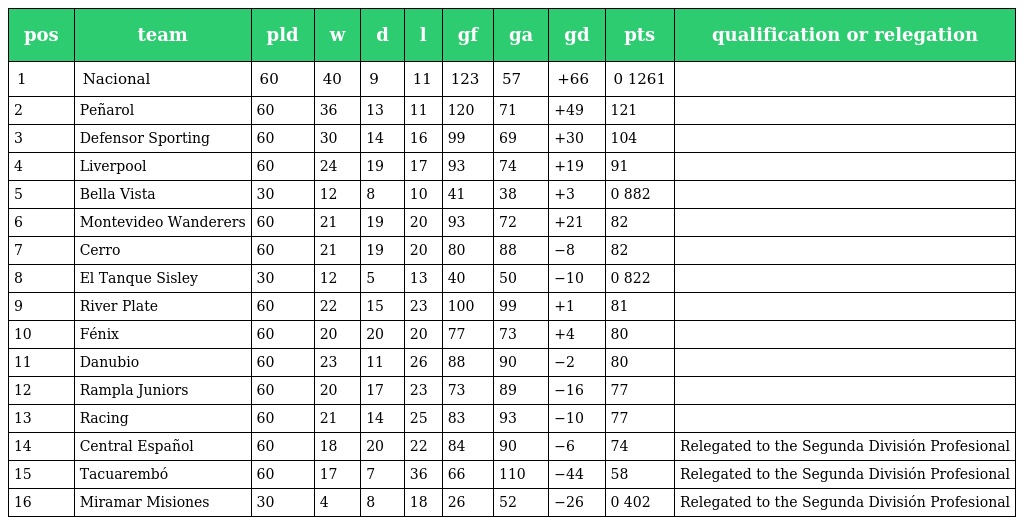
| pos | team | pld | w | d | l | gf | ga | gd | pts | qualification or relegation |
 | --- | --- | --- | --- | --- | --- | --- | --- | --- | --- | --- |
 | 1 | Nacional | 60 | 40 | 9 | 11 | 123 | 57 | +66 | 0 1261 |  |
 | 2 | Peñarol | 60 | 36 | 13 | 11 | 120 | 71 | +49 | 121 |  |
 | 3 | Defensor Sporting | 60 | 30 | 14 | 16 | 99 | 69 | +30 | 104 |  |
 | 4 | Liverpool | 60 | 24 | 19 | 17 | 93 | 74 | +19 | 91 |  |
 | 5 | Bella Vista | 30 | 12 | 8 | 10 | 41 | 38 | +3 | 0 882 |  |
 | 6 | Montevideo Wanderers | 60 | 21 | 19 | 20 | 93 | 72 | +21 | 82 |  |
 | 7 | Cerro | 60 | 21 | 19 | 20 | 80 | 88 | −8 | 82 |  |
 | 8 | El Tanque Sisley | 30 | 12 | 5 | 13 | 40 | 50 | −10 | 0 822 |  |
 | 9 | River Plate | 60 | 22 | 15 | 23 | 100 | 99 | +1 | 81 |  |
 | 10 | Fénix | 60 | 20 | 20 | 20 | 77 | 73 | +4 | 80 |  |
 | 11 | Danubio | 60 | 23 | 11 | 26 | 88 | 90 | −2 | 80 |  |
 | 12 | Rampla Juniors | 60 | 20 | 17 | 23 | 73 | 89 | −16 | 77 |  |
 | 13 | Racing | 60 | 21 | 14 | 25 | 83 | 93 | −10 | 77 |  |
 | 14 | Central Español | 60 | 18 | 20 | 22 | 84 | 90 | −6 | 74 | Relegated to the Segunda División Profesional |
 | 15 | Tacuarembó | 60 | 17 | 7 | 36 | 66 | 110 | −44 | 58 | Relegated to the Segunda División Profesional |
 | 16 | Miramar Misiones | 30 | 4 | 8 | 18 | 26 | 52 | −26 | 0 402 | Relegated to the Segunda División Profesional |